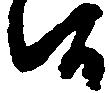
候